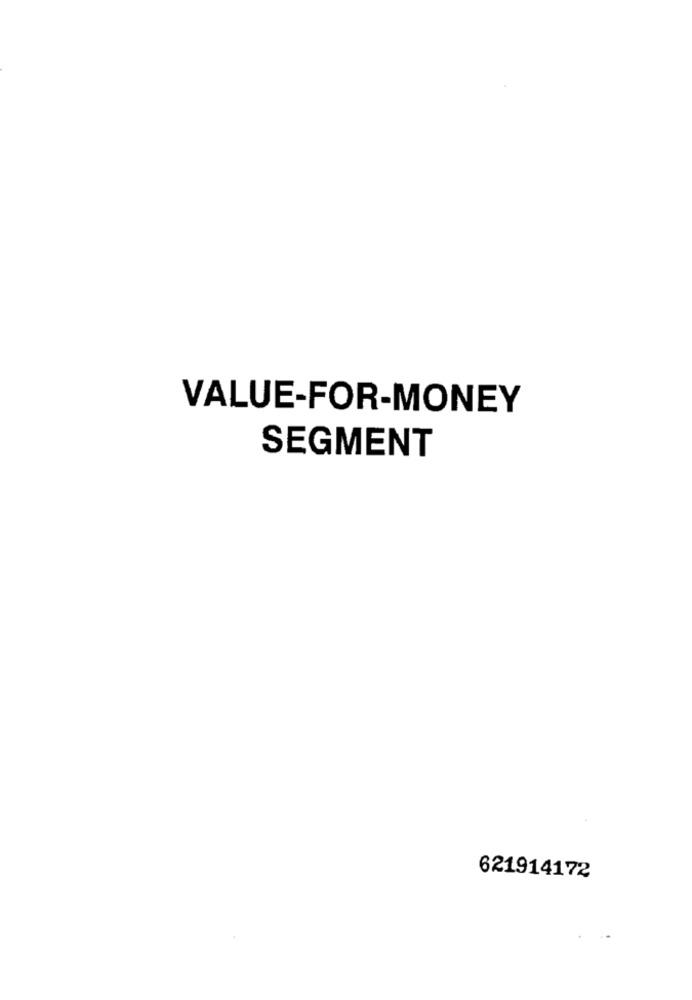
VALUE-FOR-MONEY
SEGMENT
621914172